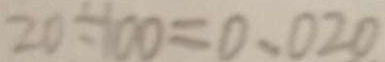
2 0 \div 1 0 0 = 0 . 0 2 0